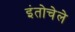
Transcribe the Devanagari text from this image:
इंतोचेले